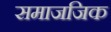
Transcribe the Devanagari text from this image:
समाजजिक